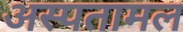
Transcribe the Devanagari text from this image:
अस्पतामल